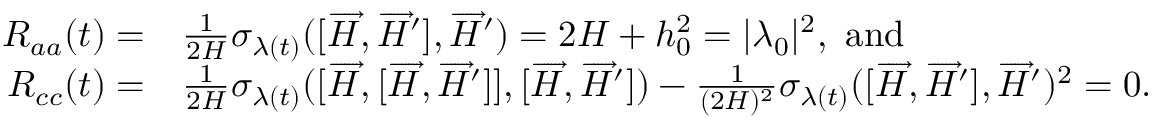
\begin{array} { r l } { R _ { a a } ( t ) = } & { \frac { 1 } { 2 H } \sigma _ { \lambda ( t ) } ( [ \overrightarrow { H } , \overrightarrow { H } ^ { \prime } ] , \overrightarrow { H } ^ { \prime } ) = 2 H + h _ { 0 } ^ { 2 } = | \lambda _ { 0 } | ^ { 2 } , \mathrm { ~ a n d ~ } } \\ { R _ { c c } ( t ) = } & { \frac { 1 } { 2 H } \sigma _ { \lambda ( t ) } ( [ \overrightarrow { H } , [ \overrightarrow { H } , \overrightarrow { H } ^ { \prime } ] ] , [ \overrightarrow { H } , \overrightarrow { H } ^ { \prime } ] ) - \frac { 1 } { ( 2 H ) ^ { 2 } } \sigma _ { \lambda ( t ) } ( [ \overrightarrow { H } , \overrightarrow { H } ^ { \prime } ] , \overrightarrow { H } ^ { \prime } ) ^ { 2 } = 0 . } \end{array}